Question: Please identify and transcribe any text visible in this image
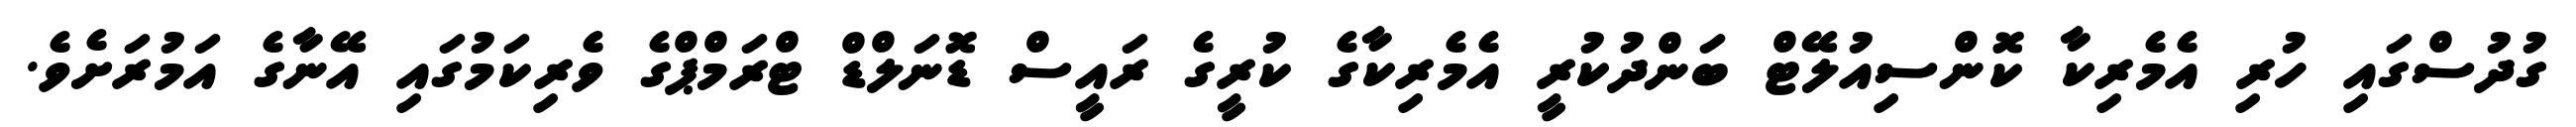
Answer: ގުދުސްގައި ހުރި އެމެރިކާ ކޮންސިއުލޭޓް ބަންދުކުރީ އެމެރިކާގެ ކުރީގެ ރައީސް ޑޮނަލްޑް ޓްރަމްޕްގެ ވެރިކަމުގައި އޭނާގެ އަމުރަށެވެ.